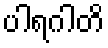
ပါရဂါတိ